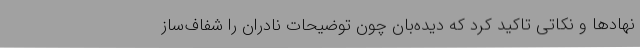
نهادها و نکاتی تاکید کرد که دیده‌بان چون توضیحات نادران را شفاف‌ساز